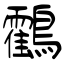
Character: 鸖